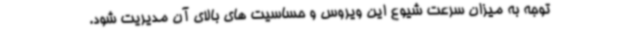
توجه به میزان سرعت شیوع این ویروس و حساسیت های بالای آن مدیریت شود.